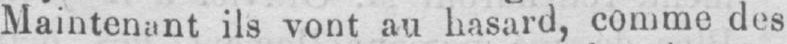
ils vont au hasard, comme des